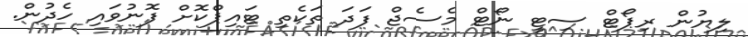
ލިޔުން ރިޕޯޓް ސިޓީ ނޯޓް މެސެޖް ފަދަ ތަކެތި ޓައިޕްކޮށް ފޮނުވައި ހެދުން.